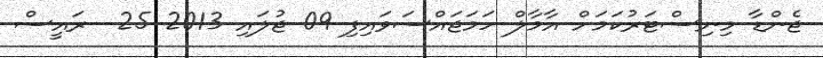
ޖެންޑާ މިނިސްޓަރުކަމަށް އާމާލް ހަމަޖައްސަވައިފި 09 ޖުލައި 2013 25  ރައީސް